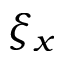
\xi _ { x }